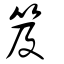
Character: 笈